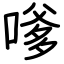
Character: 嗲